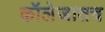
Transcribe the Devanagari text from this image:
कॉलेजातच